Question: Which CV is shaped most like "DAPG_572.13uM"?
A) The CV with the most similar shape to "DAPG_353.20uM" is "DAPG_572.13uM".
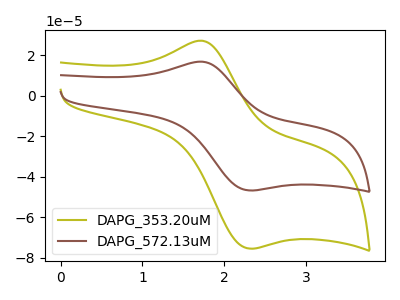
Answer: <think>The olive curve "DAPG_353.20uM" has an anodic peak at (1.70V, 27.25uA) and a cathodic peak at (2.30V, -75.50uA). The brown curve "DAPG_572.13uM" has an anodic peak at (1.70V, 16.85uA) and a cathodic peak at (2.30V, -46.75uA).
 All the peaks in "DAPG_353.20uM" have a peak in "DAPG_572.13uM" at the same potential. Every peak in "DAPG_353.20uM" is higher than every peak in "DAPG_572.13uM".</think>
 <answer>A) The CV with the most similar shape to "DAPG_353.20uM" is "DAPG_572.13uM".</answer>
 <eval>A</eval>